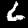
Label: 6